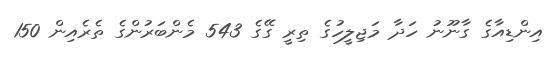
އިންޑިއާގެ ގާނޫނު ހަދާ މަޖިލީހުގެ ތިރީ ގޭގެ 543 މެންބަރުންގެ ތެރެއިން 150